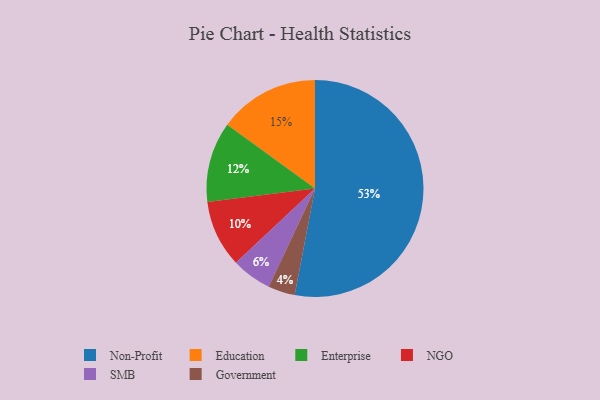
{"axis": {"x": "Category", "y": "Percentage"}, "legend": ["Education", "Enterprise", "Government", "NGO", "Non-Profit", "SMB"], "data": [{"x": "Non-Profit", "y": 53, "type": "Non-Profit"}, {"x": "NGO", "y": 10, "type": "NGO"}, {"x": "Government", "y": 4, "type": "Government"}, {"x": "Enterprise", "y": 12, "type": "Enterprise"}, {"x": "Education", "y": 15, "type": "Education"}, {"x": "SMB", "y": 6, "type": "SMB"}]}